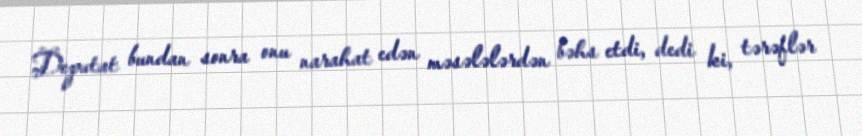
Deputat bundan sonra onu narahat edən məsələlərdən bəhs etdi, dedi ki, tərəflər